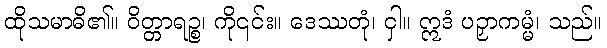
ထိုသမာဓိ၏။ ဝိတ္တာရဉ္စ၊ ကို၎င်း။ ဒေဿတုံ၊ ငှါ။ ဣဒံ ပဉှာကမ္မံ၊ သည်။